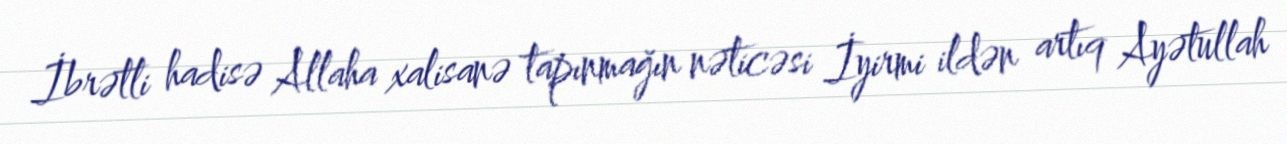
İbrətli hadisə Allaha xalisanə tapınmağın nəticəsi İyirmi ildən artıq Ayətullah